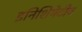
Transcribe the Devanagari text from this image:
इनिशियेटीव